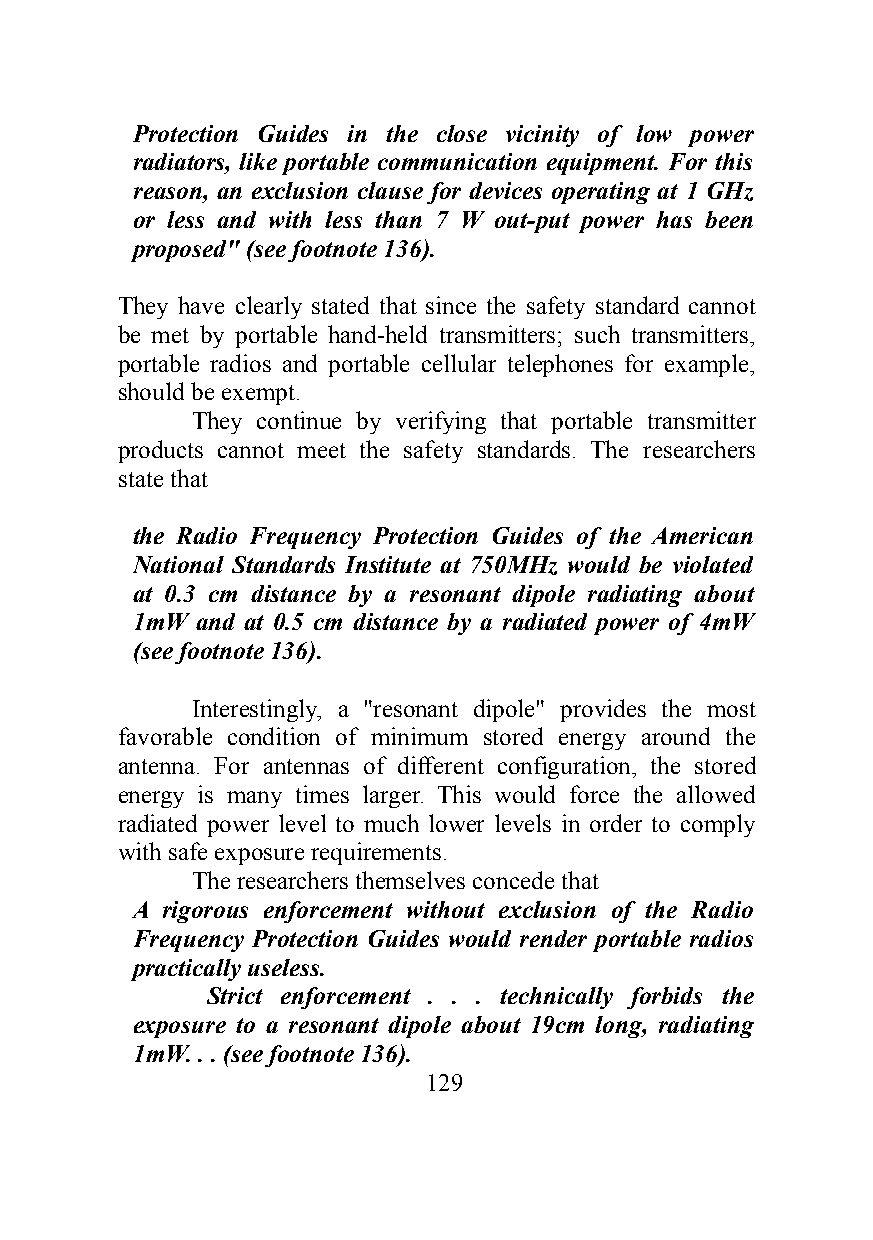
Protection Guides in the close vicinity of low power
 radiators, like portable communication equipment. For this
 reason, an exclusion clause for devices operating at 1 GHz
 or less and with less than 7 W out-put power has been
 proposed" (see footnote 136).
 They have clearly stated that since the safety standard cannot
 be met by portable hand-held transmitters; such transmitters,
 portable radios and portable cellular telephones for example,
 should be exempt.
 They continue by verifying that portable transmitter
 products cannot meet the safety standards. The researchers
 state that
 the Radio Frequency Protection Guides of the American
 National Standards Institute at 750MHz would be violated
 at 0.3 cm distance by a resonant dipole radiating about
 1mW and at 0.5 cm distance by a radiated power of 4mW
 (see footnote 136).
 Interestingly, a "resonant dipole" provides the most
 favorable condition of minimum stored energy around the
 antenna. For antennas of different configuration, the stored
 energy is many times larger. This would force the allowed
 radiated power level to much lower levels in order to comply
 with safe exposure requirements.
 The researchers themselves concede that
 A rigorous enforcement without exclusion of the Radio
 Frequency Protection Guides would render portable radios
 practically useless.
 Strict enforcement . . . technically forbids the
 exposure to a resonant dipole about 19cm long, radiating
 1mW. . . (see footnote 136).
 129